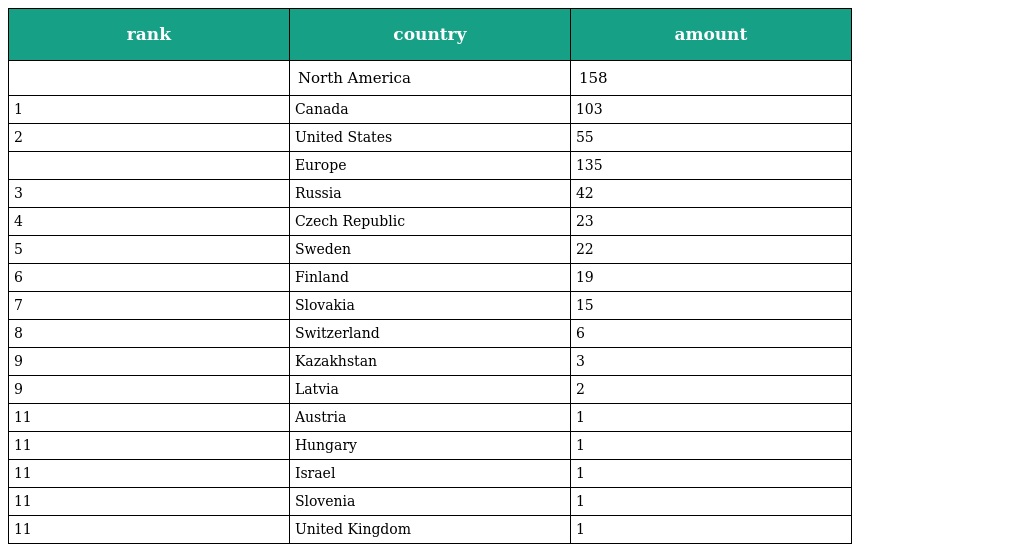
| rank | country | amount |
 | --- | --- | --- |
 |  | North America | 158 |
 | 1 | Canada | 103 |
 | 2 | United States | 55 |
 |  | Europe | 135 |
 | 3 | Russia | 42 |
 | 4 | Czech Republic | 23 |
 | 5 | Sweden | 22 |
 | 6 | Finland | 19 |
 | 7 | Slovakia | 15 |
 | 8 | Switzerland | 6 |
 | 9 | Kazakhstan | 3 |
 | 9 | Latvia | 2 |
 | 11 | Austria | 1 |
 | 11 | Hungary | 1 |
 | 11 | Israel | 1 |
 | 11 | Slovenia | 1 |
 | 11 | United Kingdom | 1 |